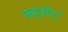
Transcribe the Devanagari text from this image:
मद्जेर्